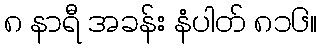
၈ နာရီ အခန်း နံပါတ် ၈၁၆။